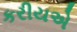
કરીયએ